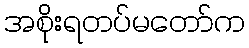
အစိုးရတပ်မတော်က